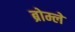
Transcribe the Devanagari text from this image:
ब्रोम्ले